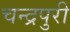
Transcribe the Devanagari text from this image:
चन्द्रपुरी